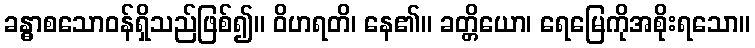
ခန္ဓာစသောဝန်ရှိသည်ဖြစ်၍။ ဝိဟရတိ၊ နေ၏။ ခတ္တိယော၊ ရေမြေကိုအစိုးရသော။